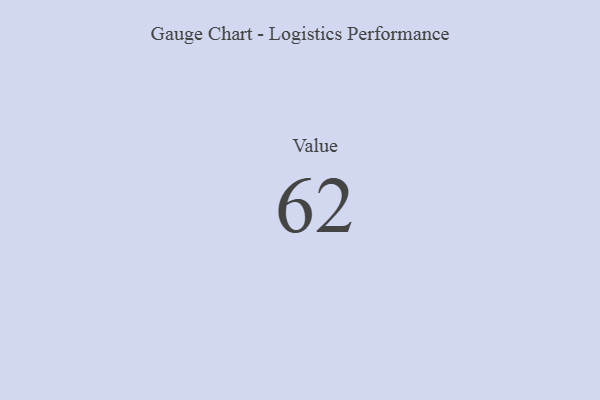
{"axis": {"x": "Metric", "y": "Value"}, "legend": [""], "data": [{"x": "Value", "y": 62, "type": ""}]}